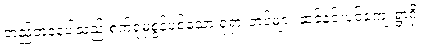
တည်တံ့နေပါသည် စက်ရုံမှစွန့်ပစ်သော ရုရှားတပ်များ ဆင်နင်းပင်ကျေးရွာရှိ